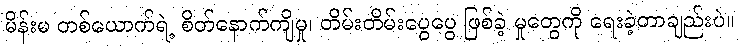
မိန်းမ တစ်ယောက်ရဲ့ စိတ်နောက်ကျိမှု၊ တိမ်းတိမ်းပွေပွေ ဖြစ်ခဲ့ မှုတွေကို ရေးခဲ့တာချည်းပဲ။